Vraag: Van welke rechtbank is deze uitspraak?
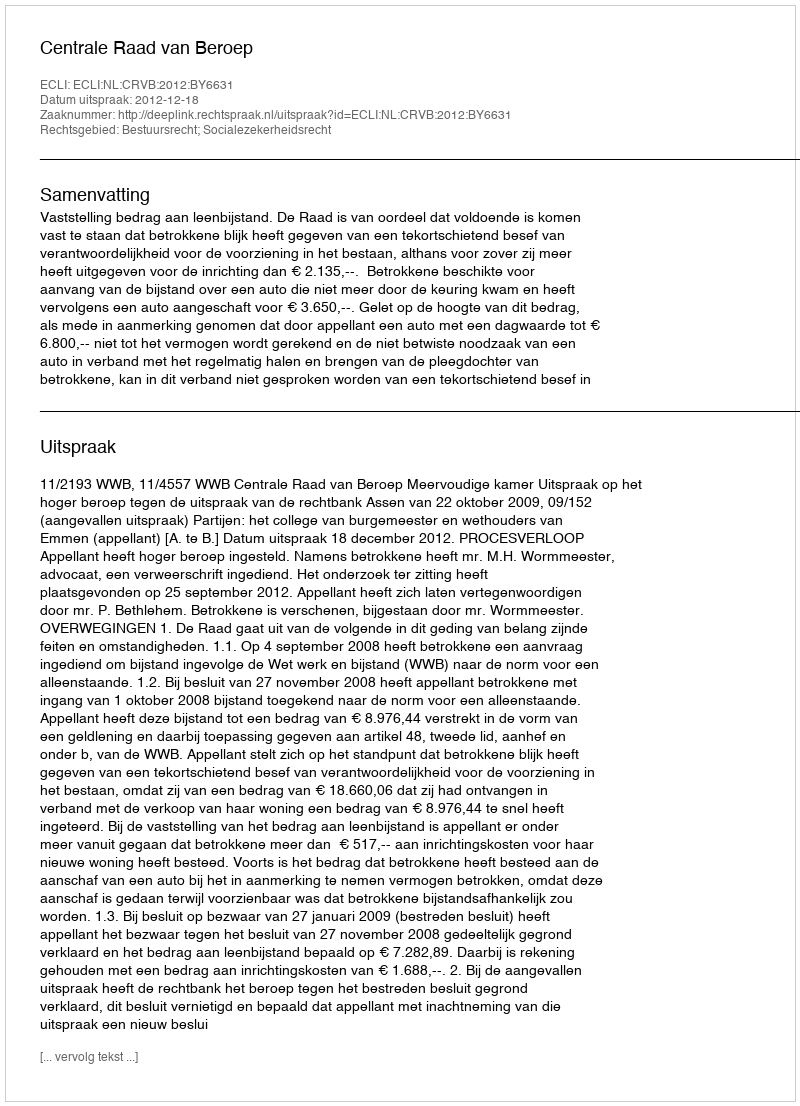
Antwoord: Centrale Raad van Beroep